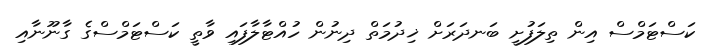
ކަސްޓަމްސް އިން ތިލަފުށީ ބަނދަރަށް ޚިދުމަތް ދިނުން ހުއްޓާލާފައި ވާތީ ކަސްޓަމްސްގެ ގާނޫނާއި